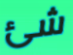
شئ